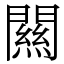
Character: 闗